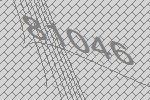
81046